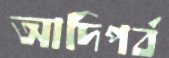
আদিপর্ব